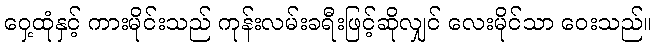
ဝှေ့ထုံနှင့် ကားမိုင်းသည် ကုန်းလမ်းခရီးဖြင့်ဆိုလျှင် လေးမိုင်သာ ဝေးသည်။